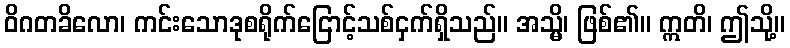
ဝိဂတခိလော၊ ကင်းသောဒုစရိုက်ငြောင့်သစ်ငှက်ရှိသည်။ အသ္မိ၊ ဖြစ်၏။ ဣတိ၊ ဤသို့။